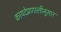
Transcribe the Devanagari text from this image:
कायदेप्रणालीनुसार